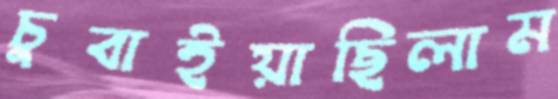
চুবাইয়াছিলাম